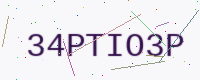
Text: 34PTIO3P